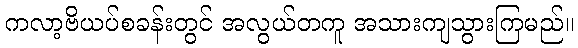
ကလာ့ဗိယပ်စခန်းတွင် အလွယ်တကူ အသားကျသွားကြမည်။